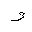
Letter: _waw